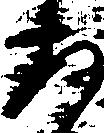
あ